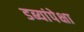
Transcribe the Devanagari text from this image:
डब्यांपेक्षा